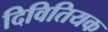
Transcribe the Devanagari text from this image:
दिवितियक